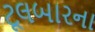
ટૂલબારના